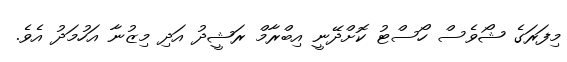
މިފަރަގެ ޝޯވެސް ހޯސްޓު ކޮށްދޭނީ އިބްރާމް ރަޝީދު އަދި މިޒުނާ އަހުމަދު އެވެ.